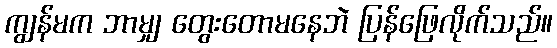
ကျွန်မက ဘာမျှ တွေးတောမနေဘဲ ပြန်ဖြေလိုက်သည်။